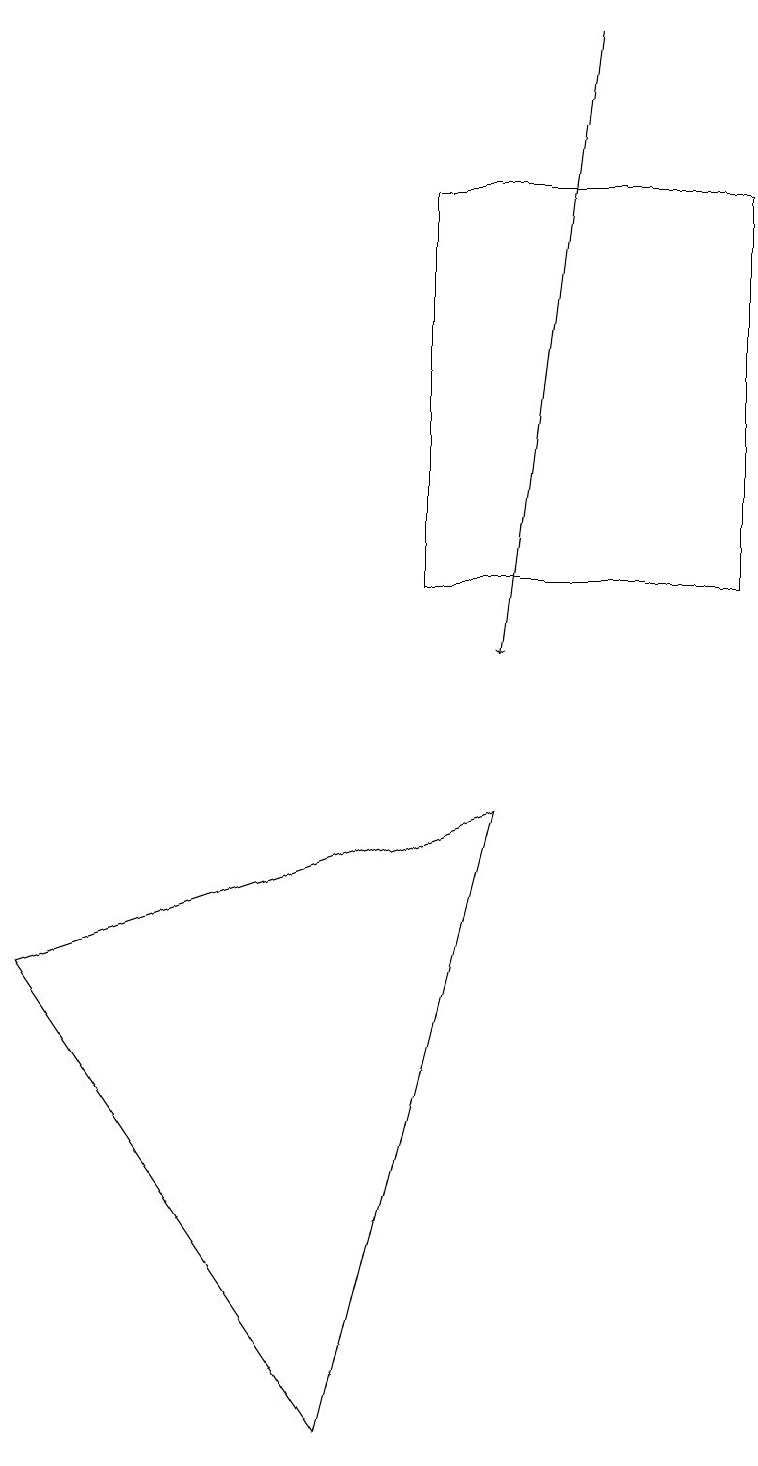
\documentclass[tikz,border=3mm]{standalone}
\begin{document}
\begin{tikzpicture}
\draw[->] (7,19) -- (6,11);
\draw (5,12) rectangle (9,17);
\draw (0,7) -- (4,1) -- (6,9) -- cycle;
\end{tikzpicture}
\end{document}